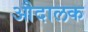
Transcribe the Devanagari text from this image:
औदालक